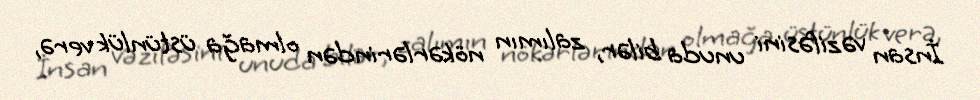
İnsan vəzifəsini unuda bilər, zalımın nökərlərindən olmağa üstünlük verə,